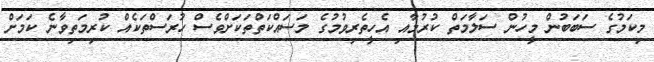
މިކަމުގެ ސަބަބުން މީހުން ސަލާމަތް ކުރުމާއި އެހީތެރިވުމުގެ މަސައްކަތްތަކަށްވެސް ހުރަސްތަކެއް ކުރިމަތިވާނެ ކަމަށް